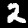
Label: 2